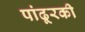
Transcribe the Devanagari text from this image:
पांढूरकी